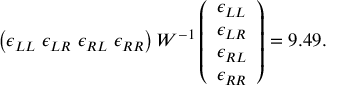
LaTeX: \left( \epsilon _ { L L } \ \epsilon _ { L R } \ \epsilon _ { R L } \ \epsilon _ { R R } \right) W ^ { - 1 } \left( \begin{array} { c } { { \epsilon _ { L L } } } \\ { { \epsilon _ { L R } } } \\ { { \epsilon _ { R L } } } \\ { { \epsilon _ { R R } } } \end{array} \right) = 9 . 4 9 .